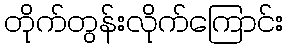
တိုက်တွန်းလိုက်ကြောင်း